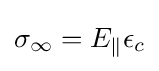
\sigma _{\infty }=E_{\parallel }\epsilon _{c}